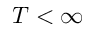
T < \infty